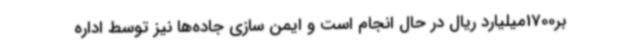
بر1700میلیارد ریال در حال انجام است و ایمن سازی جاده‌ها نیز توسط اداره